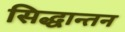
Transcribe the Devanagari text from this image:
सिद्धान्तन